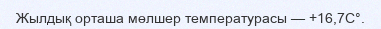
Жылдық орташа мөлшер температурасы — +16,7C°.